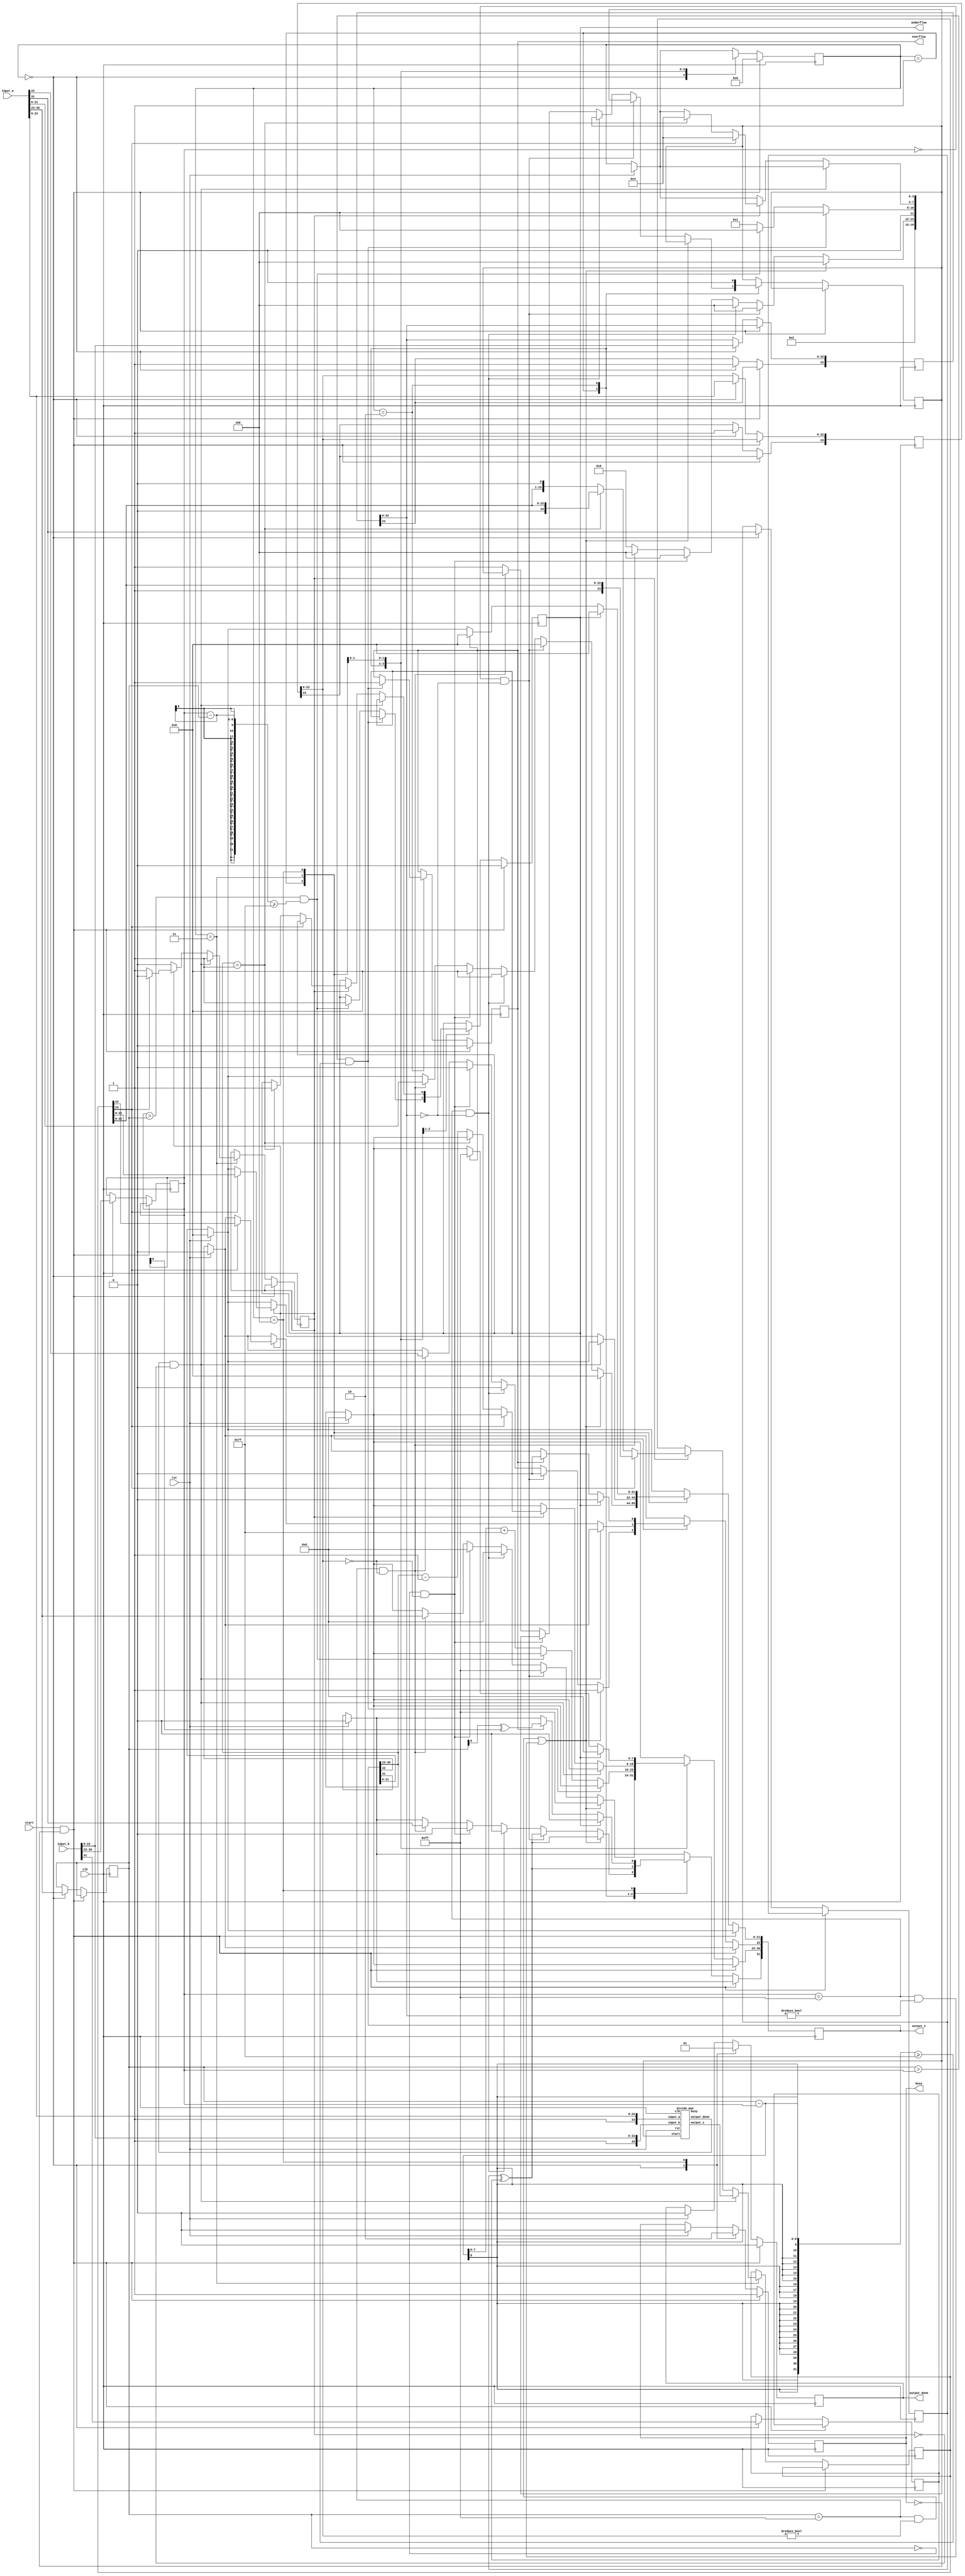
module divider (clk,
                rst,
                start,
                input_a,
                input_b,
                output_z,
                
                overflow,
                underflow,
                busy,
                output_done
                
                
               );
  
  input clk, rst, start;
  input [31:0] input_a, input_b;
  
  output [31:0] output_z;
  output busy, output_done, overflow, underflow;
  
  reg [31:0] z;
  reg a_s, b_s, z_s, s=1'b1, overflow, underflow, z_quo_rec=1'b0, guard, round, sticky;
  reg [7:0] a_e, b_e, z_e;
  reg [23:0] a_m, b_m, z_m;
  reg [3:0] state = 4'bxxxx;
  reg busy = 1'b0, output_done = 1'b0, mantissa_divide;
  reg [23:0] z_quotient;
  wire [23:0] z_quo;
  wire z_quo_busy, z_quo_done;
  
  assign output_z = z;
  
  parameter get_input = 4'd0, special_cases = 4'd1, divide=4'd2, divide_quo=4'd3, give_output = 4'd4;
  
  divide_man mantissa(clk,rst,{1'b1, input_a[22:0]},{1'b1, input_b[22:0]},z_quo,mantissa_divide,z_quo_done,z_quo_busy);
  
  initial begin 
   // $monitor ("%b %b %b %b %d       %b%d", mantissa.b,mantissa.start, mantissa.busy, mantissa.output_done,mantissa.i,z_quotient, $time);
    
   // $monitor ("%b %d %b  %b %d %b   %b %d %b %d",a_s,a_e,a_m,b_s,b_e,b_m,z[31],z[30:23],z[22:0],$time);
    //$monitor("%b %b %b %b  %h %h %h %b %b %b %b %h %h %d",rst, start, busy, output_done,input_a,input_b,z,mantissa.rst, mantissa.start,mantissa.busy, mantissa.output_done,mantissa.b,mantissa.q,$time);
  end
  
  
  always @ (posedge clk) begin
    //$display("%b %b %b %b",state,start, busy,output_done);
    if(rst) begin
      busy <= 0;
      output_done <= 0;
      
      z <= 0;
      
      state <= 4'bxxxx;
    end
    
    if(start&& !busy) begin
      state <= get_input;
      busy <= 1'b1;
      output_done <= 1'b0;
      overflow <=0;
      underflow <= 0;
        
       // $display("Starting shit");
    end
    
    else begin
    
    case (state)
      
    get_input : begin
        a_s <= input_a[31];
      	a_e <= input_a[30:23];
        a_m[22:0] <=  input_a[22:0];
      a_m[23] <= 1'b1;
          
        b_s <= input_b[31];
      	b_e <= input_b[30:23];
        b_m[22:0] <= input_b[22:0];
      b_m[23] <= 1'b1;
        	
        
        busy <= 1'b1;
        output_done <= 1'b0;
        state <= special_cases;
      
      //$display("Assigning inputs %b %b",start, busy);
        end
        
    special_cases: begin
        //if a is NaN or b is NaN return NaN 
          if ((a_e == 255 && a_m[22:0] != 0) || (b_e == 255 && b_m[22:0] != 0)) begin
          z[31] <= a_s ^ b_s;
          z[30:23] <= 255;
          z[22] <= 1;
          z[21:0] <= 0;
          state <= give_output;
		
          end
            
           //if b is zero return Inf
          else if (((b_e) == 0) && (b_m[22:0] == 0)) begin
            z[31] <= a_s ^ b_s;
            z[30:23] <= 255;
            
            z[22:0] <= 0;
            state <= give_output;
          end
          
        //if b is inf return zero
        else if ((b_e==255)&&(b_m[22:0]==0)) begin
          z<=0;
          state <= give_output;
        end 
          
          //if a is zero return zero
     else if (((a_e) == 0) && (a_m[22:0] == 0)) begin
        z<=0;
       state <= give_output;
          end
      
      //if a is inf return inf
      else if ((a_e == 255) && (a_m[22:0] == 0)) begin
        z<=input_a;
        state <= give_output;
      end
         
      else begin
       // $display("Special Cases checked");
        mantissa_divide <= 1'b1;
        state <= divide;
    end
   end
      
     divide: begin
       mantissa_divide <= 1'b0;
       
       if((a_e > b_e)&&((a_e - b_e) >= 127)) begin
        
           overflow <= 1'b1;
           state <= give_output;
         //$display("overflow! %d",$time);
        
       end else if ((b_e>a_e)&&((b_e - a_e) >= 127)) begin
         underflow <= 1'b1;
         state <= give_output;
         //$display("underflow! %d",$time);
       end else begin
        
         z[30:23] <= a_e - b_e + 127;
         state <= divide_quo;
       end
       //$display("Exponent done, doing mantissa.");
       z[31] <= a_s ^ b_s;
     
       
        
         
       end
         
 
      
      divide_quo: begin
        if(z_quo_done&&(!z_quo_rec)) begin
          z_quotient <= z_quo;
          z_quo_rec <= 1'b1;
         // $display ("here1");
        end
           
        else if(z_quo_rec) begin
          if(~z_quotient[23]) begin
           // $display("here2");
            if( z[30:23] == 1) begin
              underflow <= 1;
              state <= give_output;
            end else begin
              z_quotient <= z_quotient << 1;
              z[30:23] <=  z[30:23] - 1;
            end
          end else begin 
           // $display("here3");
            z[22:0] <= z_quotient [22:0];
            state <= give_output;
            z_quo_rec <= 0;
          end
        end
        //$display("Mantissa done %b %b ",z_quo_done,z_quo_rec);
    end
      
      give_output: begin
        if(underflow )  begin
          z <= 0;
        end else if (overflow) begin
          z[31] <= a_e ^ b_e;
          z[30:23] <= 255;
          z[22:0] <= 0;
        end
        output_done <= 1;
        busy <= 0;
       // $display("here %d", $time);
        state <= 4'bxxxx;
        
        
       // $display("Output done");
      end
     
    endcase
    end
  end
endmodule

/////////////////////////////////////////////////////////////////////////////////////////  

module divide_man
  (clk,
   rst,
   input_a,
   input_b, 
   output_z,
   start,
   output_done,
   busy);
  
  input [23:0] input_a,input_b;
  input clk, rst, start;
  
  output [23:0] output_z;
  output output_done, busy;
  
  reg [23:0] b;
  reg [47:0] acc=48'b0;
  reg [23:0]  q = 24'b0;
  reg [23:0] z=24'b0;
  reg        output_done=1'b0, busy=1'b0;
  reg [5:0] i = 6'b0;
  
  assign output_z = z;
  initial begin
    //$monitor ("%b %b %b %b %d       %b%d", b,start, busy, output_done,i,z, $time);
    
    //$monitor("%b %b %b %b %b %b %b %d %d",b,z,q,rst,start,busy,output_done,i,$time);
  end
  
  always @ (posedge clk) begin
    
    if(rst) begin
      
      busy <= 0;
      output_done <= 0;
      z <= 0;
      acc <= 0;
      b <= 0;
      q <= 0;
      i <= 0;
    end
    
    else if(start ||busy) begin
    if(i==0) begin
      
      b <= input_b;
      i <= i + 1;
      busy <= 1'b1;
      acc[23:0] <= input_a;
     // $display("Work started on mantissa");
      output_done <= 1'b0;
      q <= 0;
    end 
    
    
      else if ((6'd24 >= i)) begin
       // $display("%d",i);
      i <= i+1;
      if(acc >=  b) 
        begin
       		{acc, q} <= {acc[46:0]-b,q,1'b1};
        end 
     
      else 
        begin
      	{acc, q} <= {acc[46:0],q,1'b0};
      	end
    end
      
    else begin
    //  $display ("Mantissa divivsion done");
      z <= q;
      busy <= 1'b0;
      output_done <= 1'b1;
      i <= 0;
      acc <= 0;
    end
    end
  end
  
  /*always @ (posedge start)begin
    output_done <=0;
  end*/
  
endmodule